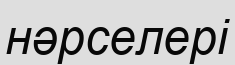
нәрселері